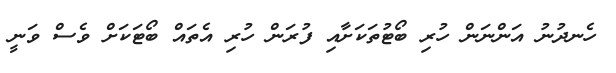
ހެނދުނު އަންނަން ހުރި ބޯޓުތަކަށާއި ފުރަން ހުރި އެތައް ބޯޓަކަށް ވެސް ވަނީ